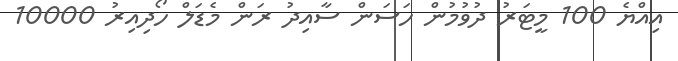
އިއްޔެ 100 މީޓަރު ދުވުމުން ހަސަން ސާއިދު ރަން މެޑަލް ހޯދިއިރު 10000